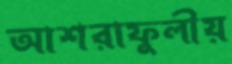
আশরাফুলীয়